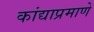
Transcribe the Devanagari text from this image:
कांद्याप्रमाणे